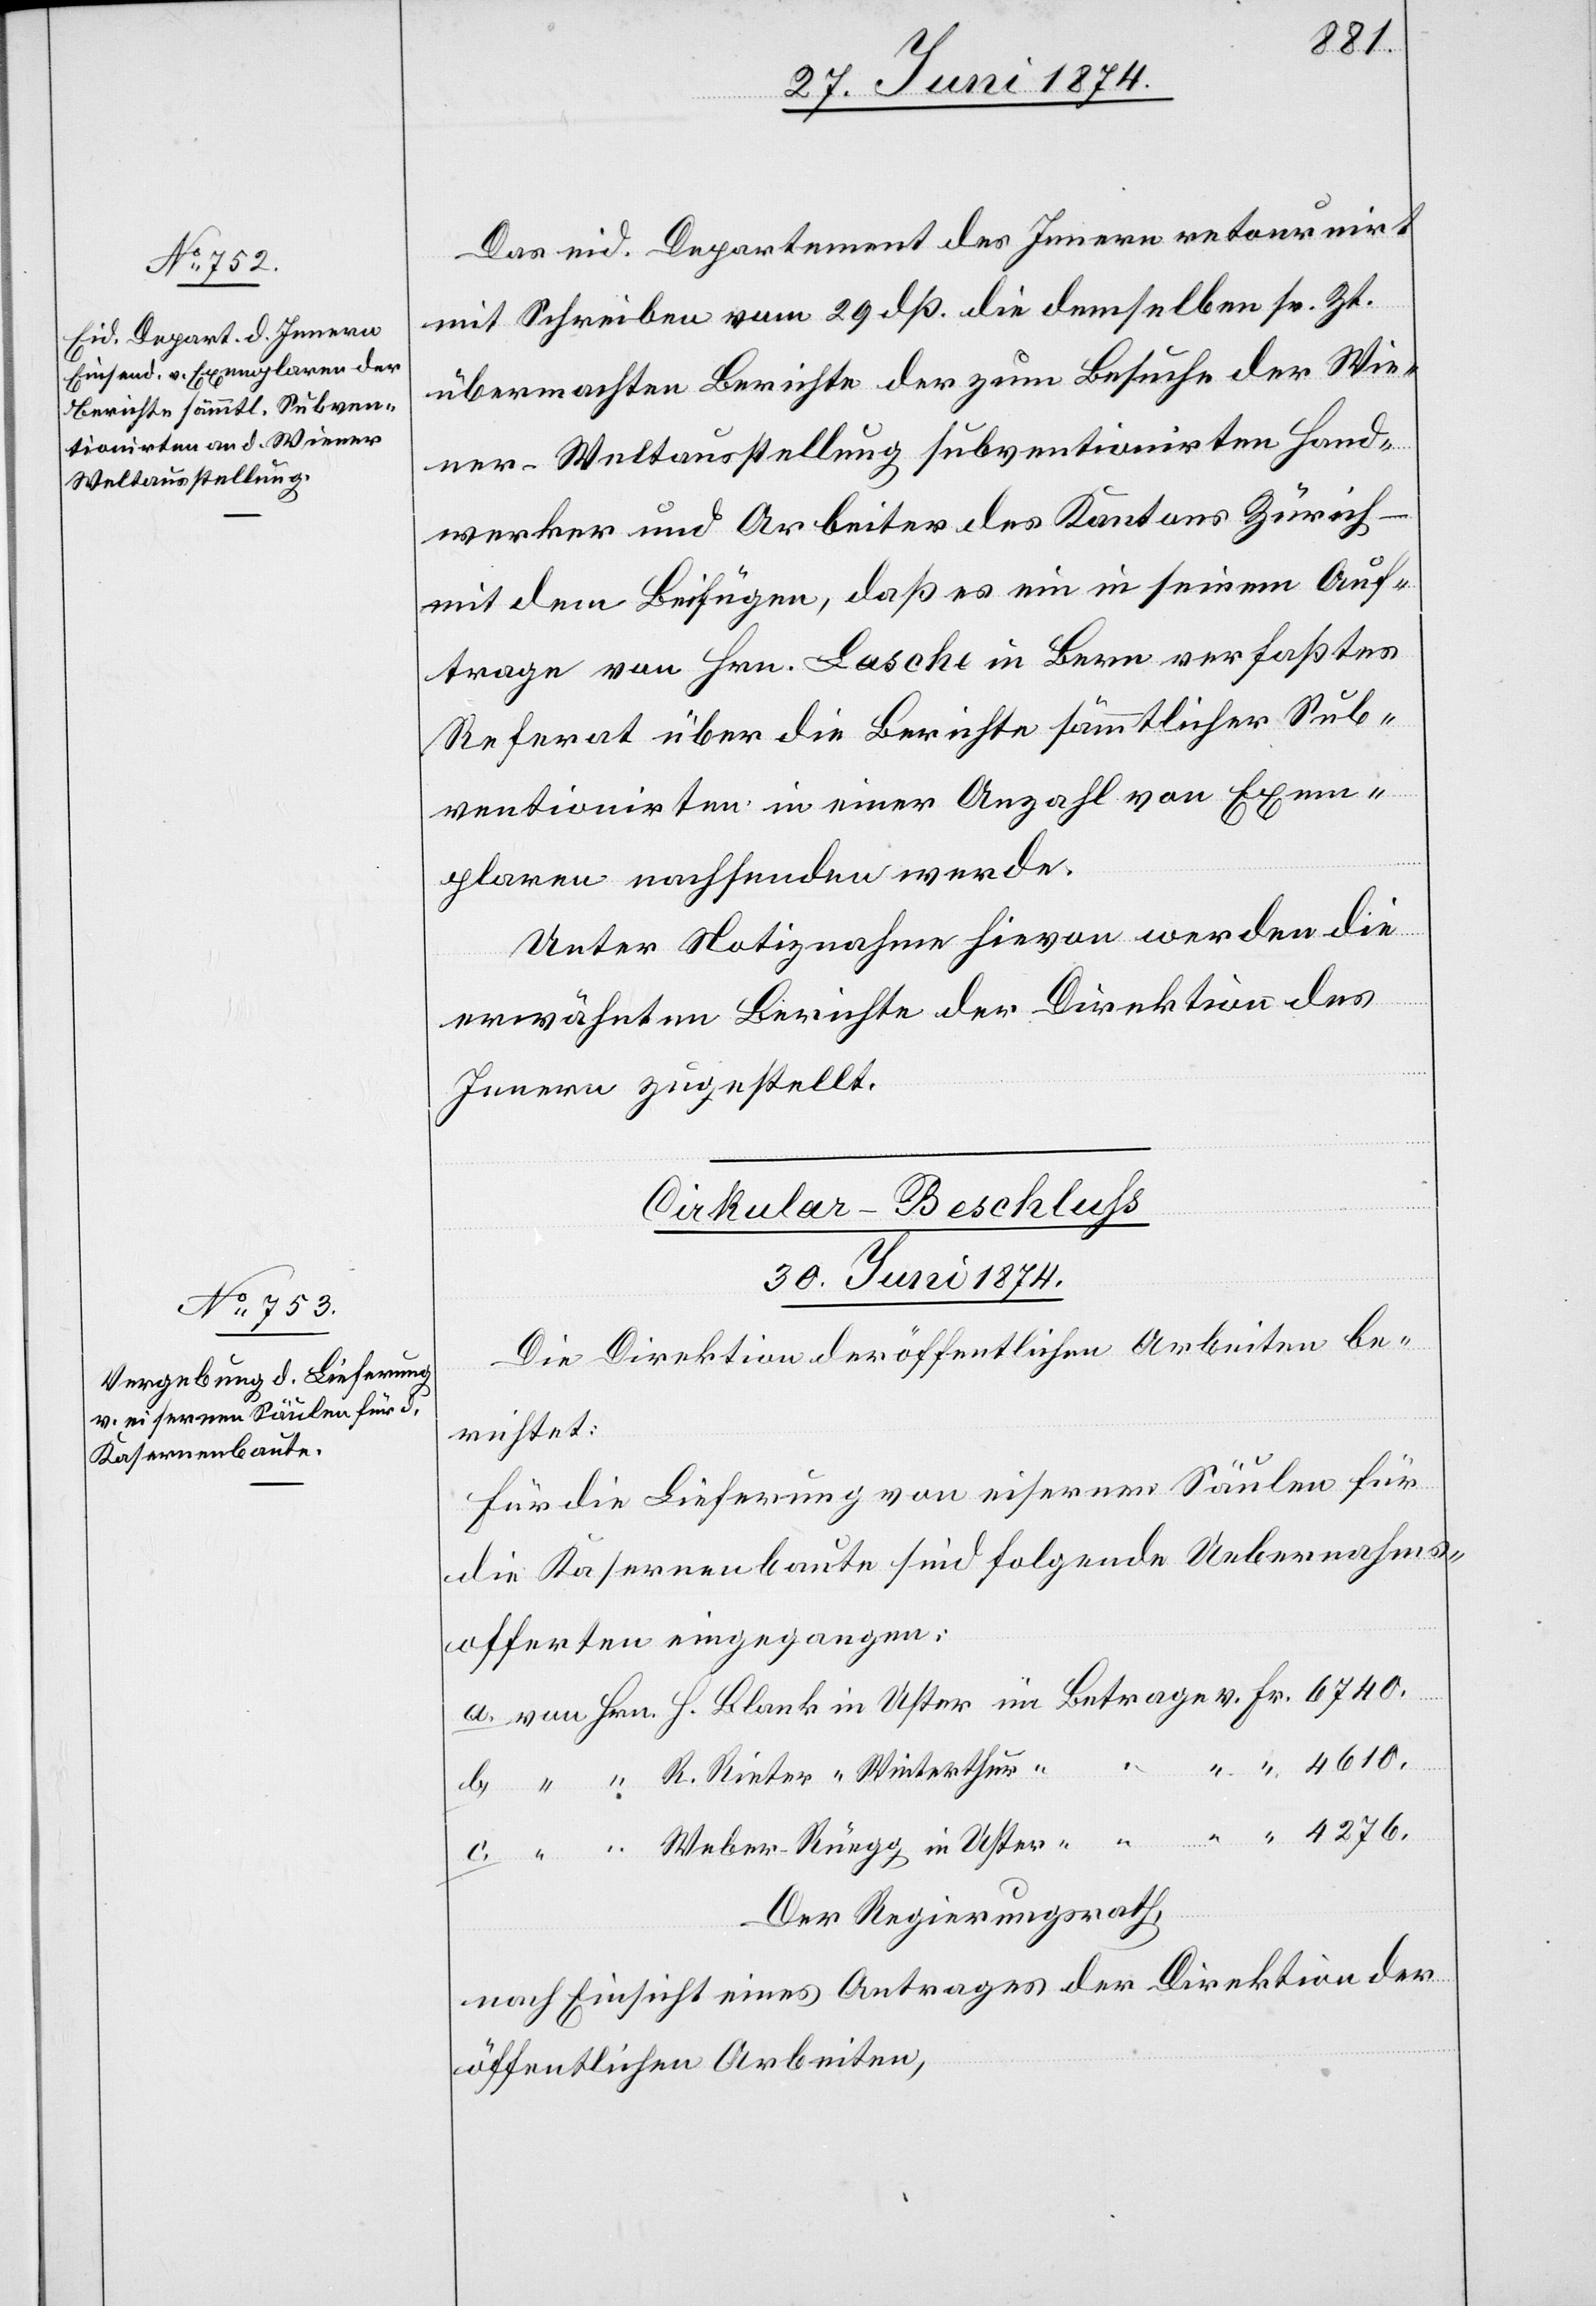
c.
4276.
Das eid. Departement des Innern retournirt
mit Schreiben vom 29. dß. die demselben sr. Zt.
übermachten Berichte der zum Besuche der Wie¬
ner-Weltausstellung subventionirten Hand¬
werker und Arbeiter des Kantons Zürich –
mit dem Beifügen, daß es ein in seinem Auf¬
trage von Hrn. Lasche in Bern verfaßtes
Referat über die Berichte sämmtlicher Sub¬
ventionirten in einer Anzahl von Exem¬
plaren nachsenden werde.
Unter Notiznahme hievon werden die
erwähnten Berichte der Direktion des
Innern zugestellt.
Cirkular-Beschluß.
[30. Juni 1874.]
Die Direktion der öffentlichen Arbeiten be¬
richtet:
Für die Lieferung von eisernen Säulen für
die Kasernenbaute sind folgende Uebernahms¬
offerten eingegangen:
Der Regierungsrath,
nach Einsicht eines Antrages der Direktion der
öffentlichen Arbeiten,